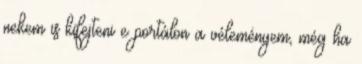
nekem is kifejteni e portálon a véleményem, még ha